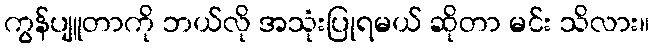
ကွန်ပျူတာကို ဘယ်လို အသုံးပြုရမယ် ဆိုတာ မင်း သိလား။